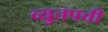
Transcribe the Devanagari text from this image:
व्युतपत्ती